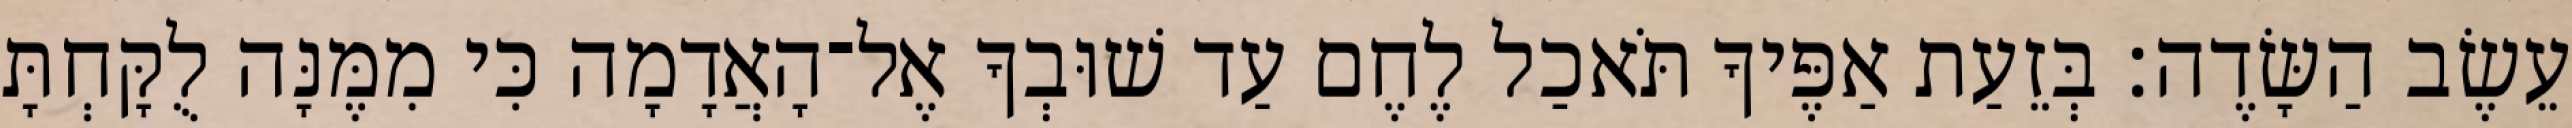
עֵשֶׂב הַשָּׂדֶה׃ בְּזֵעַת אַפֶּיךָ תֹּאכַל לֶחֶם עַד שׁוּבְךָ אֶל־הָאֲדָמָה כִּי מִמֶּנָּה לֻקָּחְתָּ